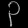
Digit: ၃